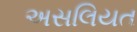
અસલિયત